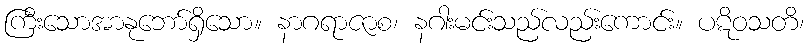
ကြီးသောအာနုဘော်ရှိသော။ နာဂရာဇာစ၊ နဂါးမင်းသည်လည်းကောင်း။ ပဋိဝသတိ၊